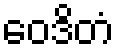
ဝေဒိတံ